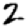
Digit: 2